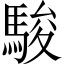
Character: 駿